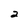
Character: 2